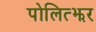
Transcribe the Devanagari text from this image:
पोलित्झर